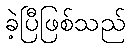
ခဲ့ပြီဖြစ်သည်